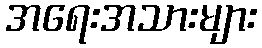
အရေးအသားများ